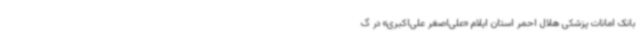
بانک امانات پزشکی هلال احمر استان ایلام «علی‌اصغر علی‌اکبری» در گ